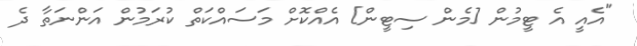
"އެއީ އެ ޓީމުން [މެން ސިޓީން] އެއްކޮށް މަސައްކަތް ކުރަމުން އަންނަތާ ދެ